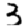
Digit: 3